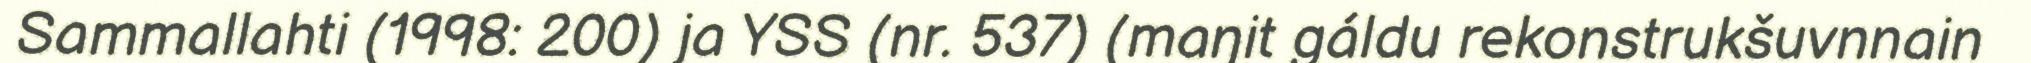
Sammallahti (1998: 200) ja YSS (nr. 537) (maŋit gáldu rekonstrukšuvnnain